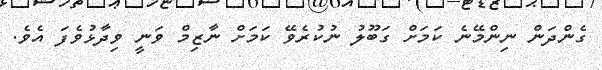
ގެންދަން ނިންމޭނެ ކަމަށް ގަބޫލު ނުކުރެވޭ ކަމަށް ނާޒިމް ވަނީ ވިދާޅުވެފަ އެވެ.